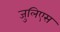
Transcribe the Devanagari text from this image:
जुलिएस